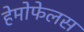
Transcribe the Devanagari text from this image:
हेमोफेलस